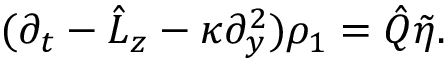
( \partial _ { t } - \hat { L } _ { z } - \kappa \partial _ { y } ^ { 2 } ) \rho _ { 1 } = \hat { Q } \tilde { \eta } .